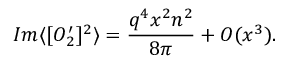
I m \langle [ O _ { 2 } ^ { \prime } ] ^ { 2 } \rangle = \frac { q ^ { 4 } x ^ { 2 } n ^ { 2 } } { 8 \pi } + { \cal { O } } ( x ^ { 3 } ) .